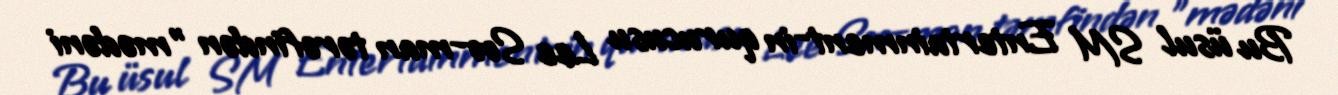
Bu üsul SM Entertainment-in qurucusu Lee Soo-man tərəfindən "mədəni